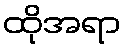
ထိုအရာ